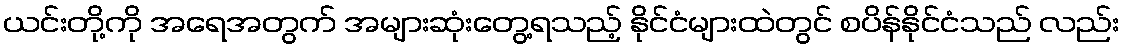
ယင်းတို့ကို အရေအတွက် အများဆုံးတွေ့ရသည့် နိုင်ငံများထဲတွင် စပိန်နိုင်ငံသည် လည်း